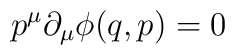
p^{\mu }\partial _{\mu }\phi (q,p)=0